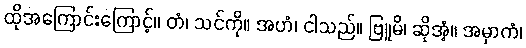
ထိုအကြောင်းကြောင့်။ တံ၊ သင်ကို။ အဟံ၊ ငါသည်။ ဗြူမိ၊ ဆိုအံ့။ အမှာကံ၊